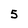
Character: 5